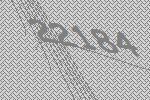
22184